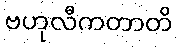
ဗဟုလီကတာတိ